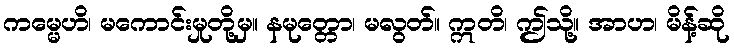
ကမ္မေဟိ၊ မကောင်းမှုတို့မှ။ နမုတ္တော၊ မလွတ်။ ဣတိ၊ ဤသို့။ အာဟ၊ မိန့်ဆို